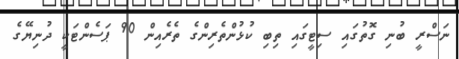
ނަސްރީ ބުނި ގޮތުގައި ސިޓީގައި ތިބި ކުޅުންތެރިންގެ ތެރެއިން 90 ޕަސެންޓަކީ ދުނިޔޭގެ